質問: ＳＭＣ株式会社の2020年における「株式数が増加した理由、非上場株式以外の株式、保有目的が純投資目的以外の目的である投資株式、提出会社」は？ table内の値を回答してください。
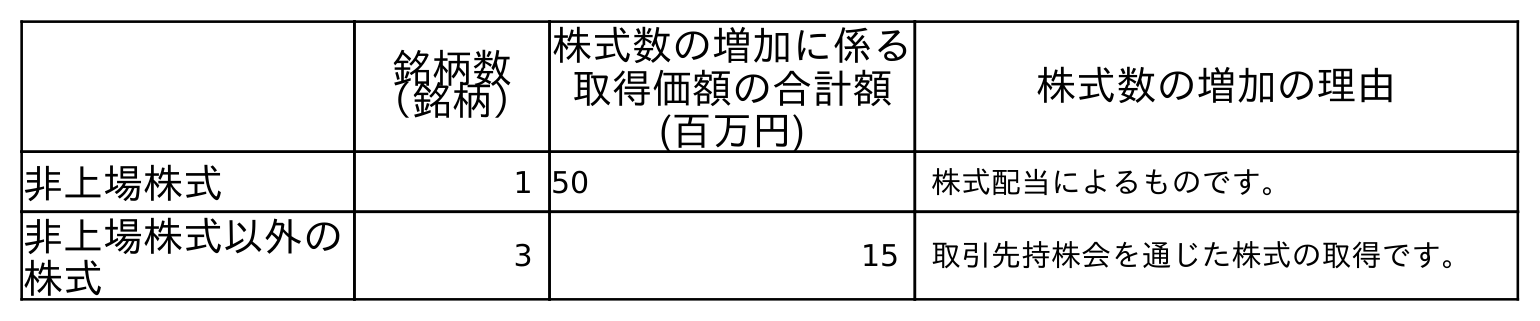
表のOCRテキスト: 銘柄数 （銘柄） 株式数の増加に係る 取得価額の合計額 (百万円) 株式数の増加の理由 非上場株式 1 50 株式配当によるものです。 非上場株式以外の 株式 3 15 取引先持株会を通じた株式の取得です。
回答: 取引先持株会を通じた株式の取得です。